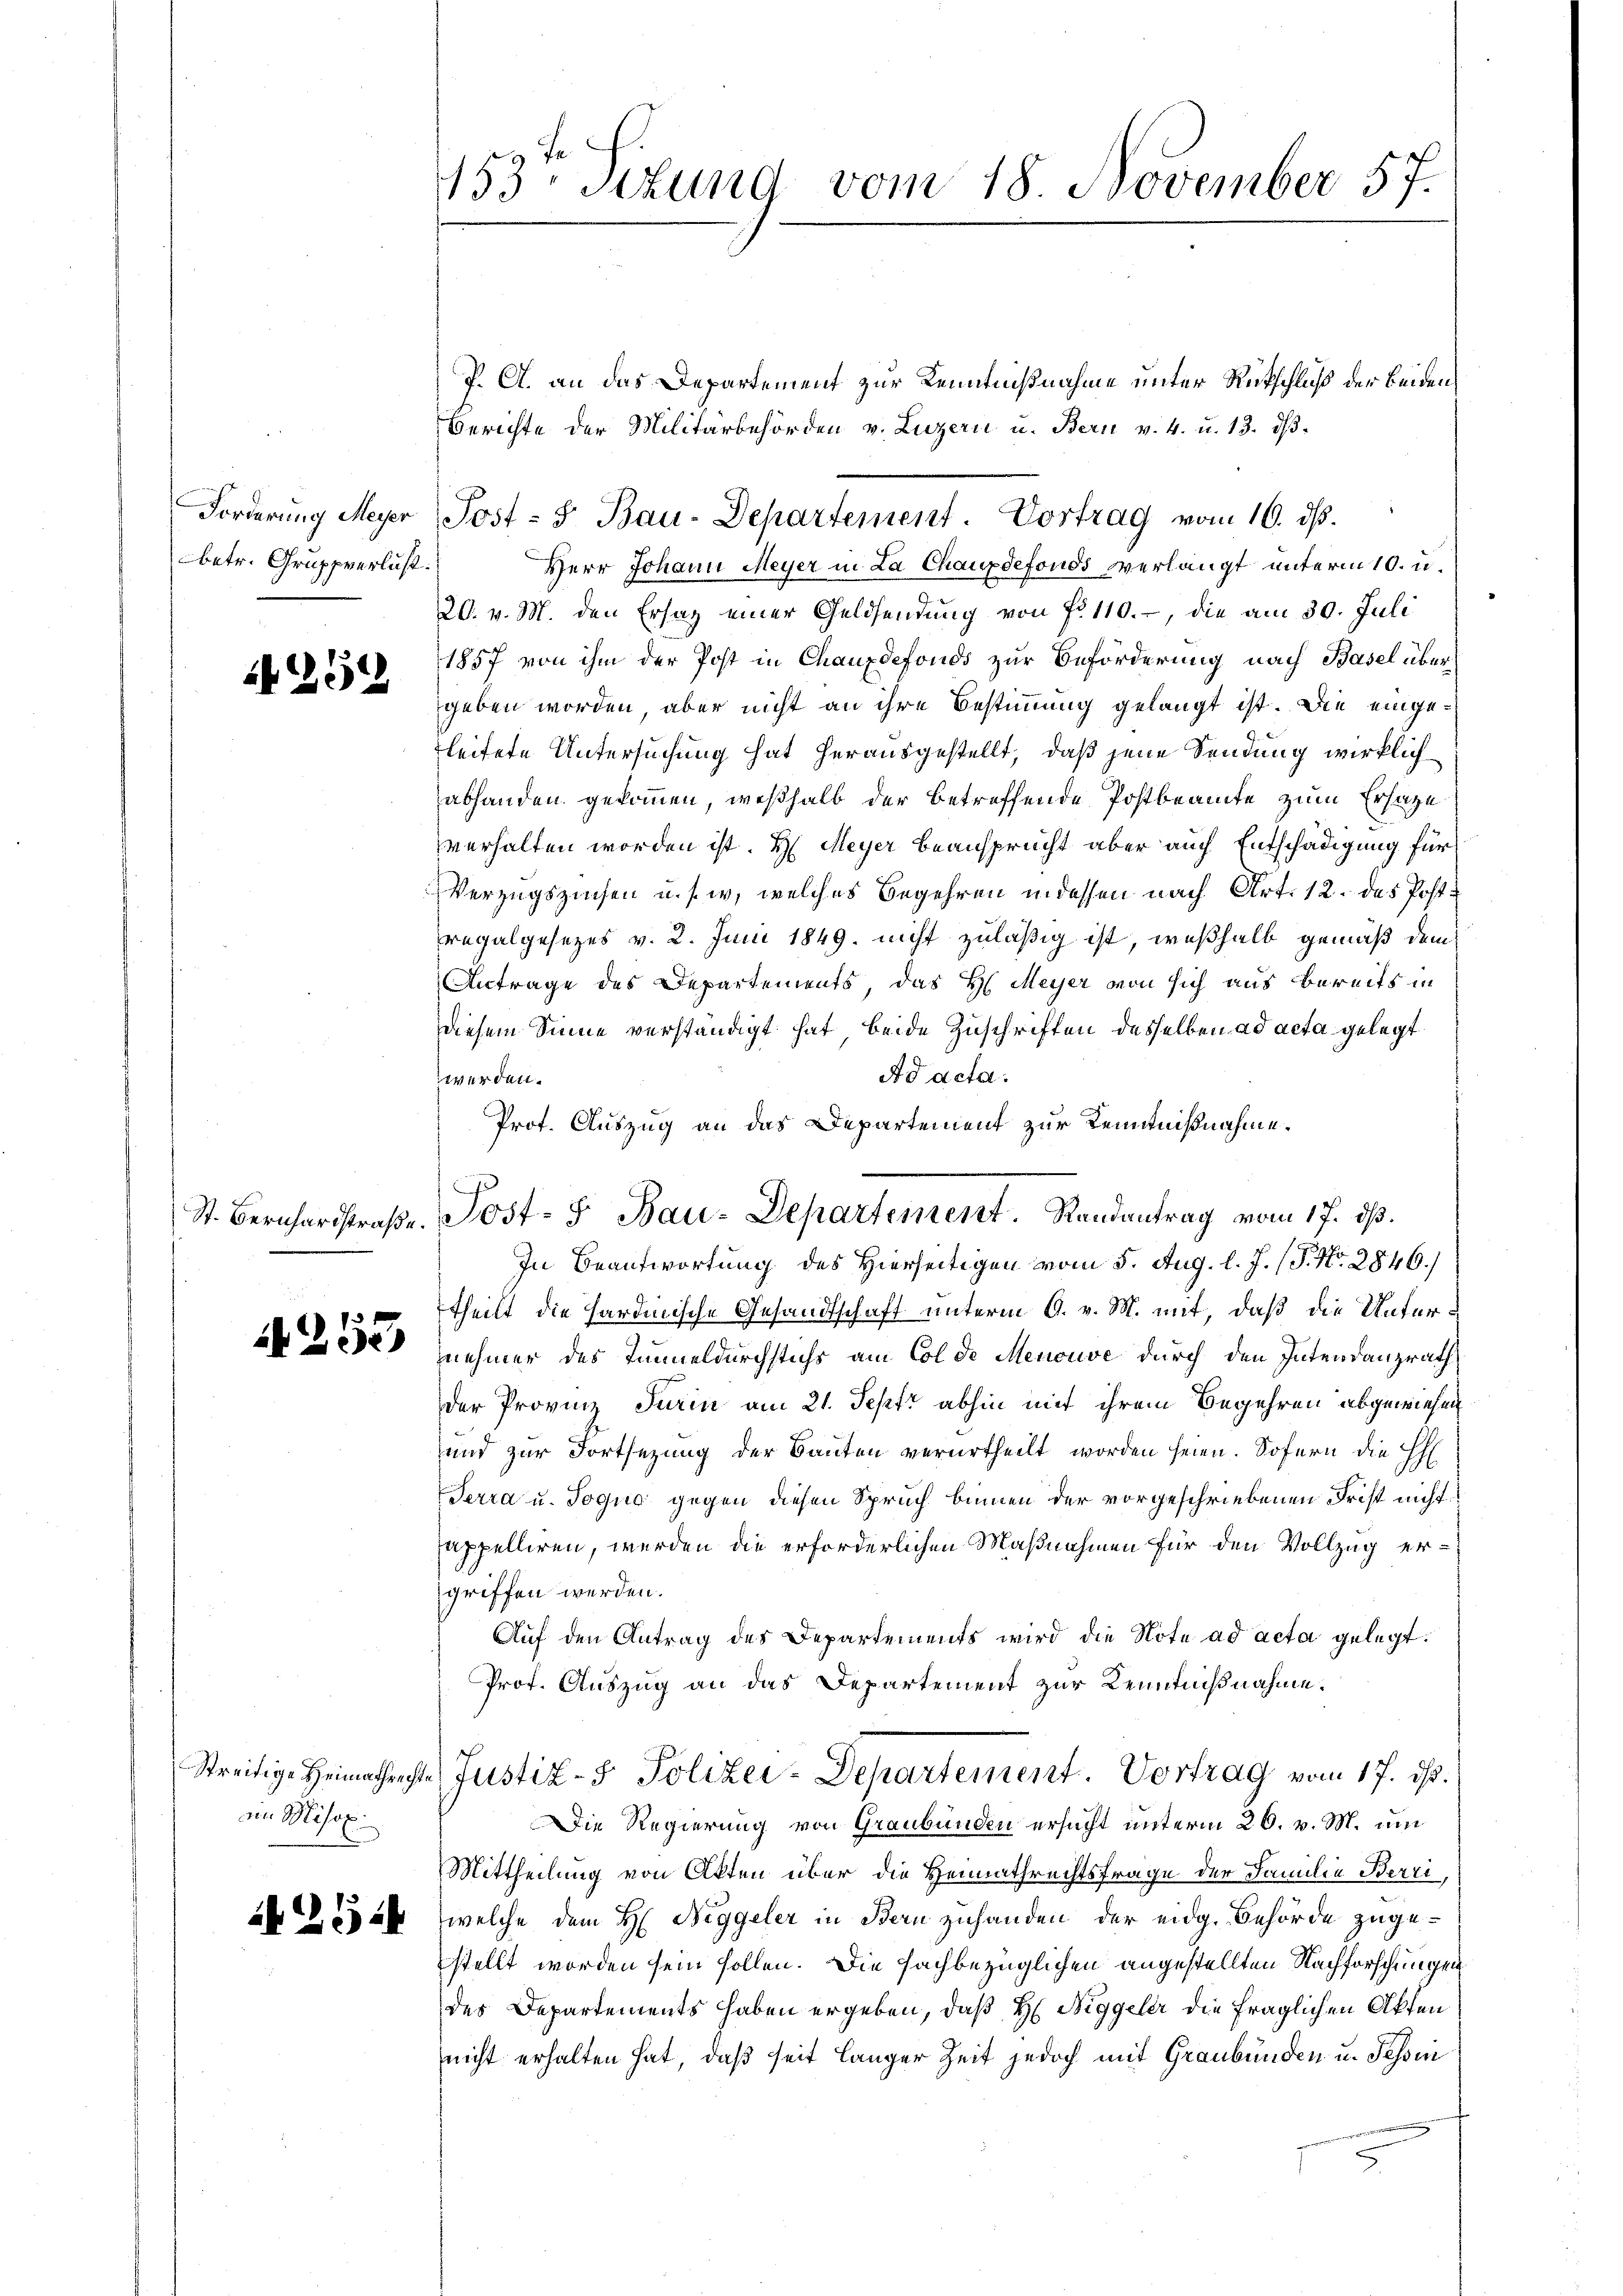
betr. Gruppverlust.

1251

x
 Zee

im Misox

524

153 Sitzung vom 18. November 57.

J. A. an das Departement zur Kenntnißnahme unter Rückschluß der beiden
Berichte der Militärbehörden v. Luzern u. Bern v. 4. u. 13. dβ.
Herr Johann Meyer in La Chauxdefonds verlangt unterm 10. u.
20. v. M. den Ersatz einer Geldsendung von fr. 110.-, die am 30. Juli
1857 von ihm der Post in Chauxdefonds zur Beförderung nach Basel über
geben worden, aber nicht an ihre Bestimmung gelangt ist. Die eingeleitete Untersuchung hat herausgestellt, daß jene Sendung wirklich
abhanden gekommen, weßhalb der betreffende Postbeamte zum Ersatze
verhalten worden ist. H. Meyer beansprucht aber auch Entschädigung für
Verzugszinsen u. s. w. welches Begehren indessen nach Art. 12. des Postregalgesezes v. 2. Juni 1849. nicht zuläßig ist, weßhalb gemäß dem
Antrage des Departements, das H. Meyer von sich aus bereits in
diesem Sinne verständigt hat beide Zuschriften desselben ad acta gelegt
Ad acta.
werden.
Prof. Auszug an das Departement zur Kenntnißnahme.
In Beantwortung des Hierseitigen vom 5. Aug. l. J. (T. No. 2846.)
theilt die Hardinische Gesandtschaft unterm 6. v. M. mit, daß die Unternehmer des Tumeldurchstichs am Colde Menouve durch den Intendanzrath
der Provinz Turin am 21. Sept abhin mit ihrem Begehren abgewiesen
und zur Fortsetzung der Bauten verurtheilt worden seien. Sofern die H
Terra u. Joque gegen diesen Spruch binnen der vorgeschriebenen Frist nicht
appelliren, werden die erforderlichen Maßnahmen für den Vollzug ergriffen werden.
Auf den Antrag des Departements wird die Note ad acta gelegt.
Prof. Auszug an das Departement zur Kenntnißnahme.
Streidige Heimathrechte Justiz- & Polizei-Departement. Vortrag vom 17. ds.
Die Regierung von Graubünden ersucht unterm 26. v. M. um
Mittheilung von Akten über die Heimathrechtsfrage der Familie Berri,
welche dem H. Neggeler in Bern zuhanden der eidg. Behörde zugestellt worden sein sollen. Die fachbezüglichen angestellten Nachforschungen
des Departements haben ergeben, daß H. Niggeler die fraglichen Akten
nicht erhalten hat, daß seit länger Zeit jedoch mit Graubünden u. Tessin

Forderŭng Meyer Post- & Bau-Departement. Vortrag vom 16. ds.

St. Bernhardstraβe. Post- u Bau-Departement. Randantrag vom 17. dß.